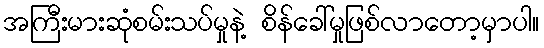
အကြီးမားဆုံစမ်းသပ်မှုနဲ့ စိန်ခေါ်မှုဖြစ်လာတော့မှာပါ။